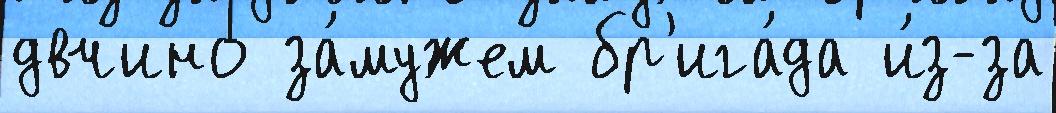
двчино за́мужем бр'ига́да и́з-за